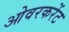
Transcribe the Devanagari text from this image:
ओवरकरेंट